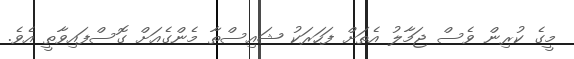
މީގެ ކުރިން ވެސް ޖަމާލު އެތަށް ފަހަރަކު ޝައިސްތާ މެންގެއަށް ގޮސްފައިވާތީ އެވެ.